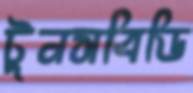
টুনসবিডি